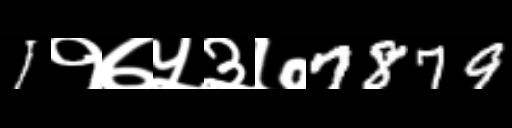
Text: 1१७५३७7879